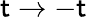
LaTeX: \mathsf{t}\rightarrow-\mathsf{t}